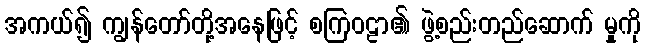
အကယ်၍ ကျွန်တော်တို့အနေဖြင့် စကြဝဠာ၏ ဖွဲ့စည်းတည်ဆောက် မှုကို